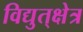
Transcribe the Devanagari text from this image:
विद्युत्‌क्षेत्र